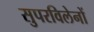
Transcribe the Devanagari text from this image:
सुपरविलेनों